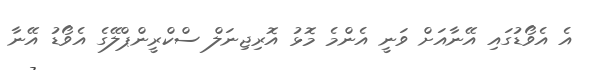
އެ އެވޯޑުގައި އޭނާއަށް ވަނީ އެންމެ މޮޅު އޮރިޖިނަލް ސްކްރީންޕްލޭގެ އެވޯޑު އޭނާ